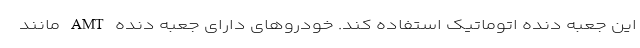
این جعبه دنده اتوماتیک استفاده کند. خودروهای دارای جعبه دنده AMT مانند